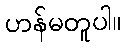
ဟန်မတူပါ။